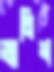
ভ্যানিশ